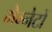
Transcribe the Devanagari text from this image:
मैग्नेटों